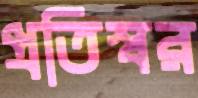
প্রতিস্বর